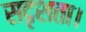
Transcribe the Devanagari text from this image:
सदृशता।